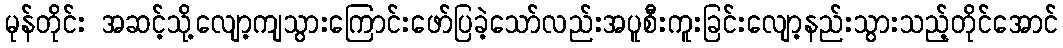
မုန်တိုင်း အဆင့်သို့လျော့ကျသွားကြောင်းဖော်ပြခဲ့သော်လည်းအပူစီးကူးခြင်းလျော့နည်းသွားသည့်တိုင်အောင်